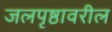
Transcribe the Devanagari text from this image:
जलपृष्ठावरील